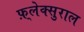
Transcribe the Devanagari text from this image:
फ़्लेक्सुराल